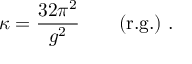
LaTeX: \kappa = \frac { 3 2 \pi ^ { 2 } } { g ^ { 2 } } ~ ~ ~ ~ ~ ~ ( { \mathrm { r . g . } } ) ~ .